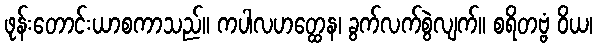
ဖုန်းတောင်းယာစကာသည်။ ကပါလဟတ္ထေန၊ ခွက်လက်စွဲလျက်။ စရိတဗ္ဗံ ဝိယ၊